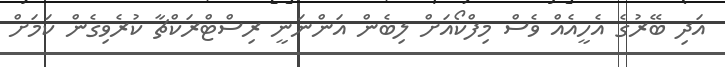
އަދި ބޭރުގެ އެހީއެއް ވެސް މިފްކޯއަށް ލިބެން އަންނަނީ ރިސްޓްރަކްޗާ ކުރެވިގެން ކަމަށް